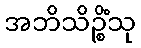
အဘိသိဉ္စိံသု